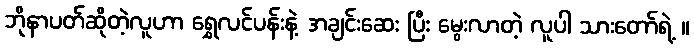
ဘိုနာပတ်ဆိုတဲ့လူဟာ ရွှေလင်ပန်းနဲ့ အချင်းဆေး ပြီး မွေးလာတဲ့ လူပါ သားတော်ရဲ့ ။